Civil Veterinary Department Bihar & Orissa reports 1929-36 - 1929-1936
Year: 1929
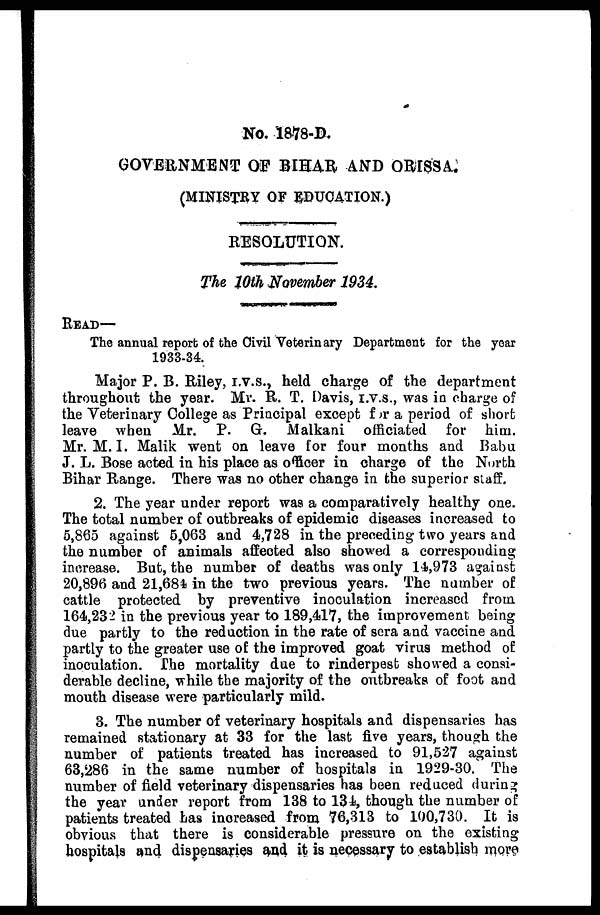
No. 1878-D.
GOVERNMENT OF BIHAR AND ORISSA.
(MINISTRY OF EDUCATION.)
RESOLUTION.
The 10th November 1934.
READ—
The annual report of the Civil Veterinary Department for the year
1933-34.
Major P. B. Riley, I.V.S., held charge of the department
throughout the year. Mr. R. T. Davis, I.V.S., was in charge of
the Veterinary College as Principal except for a period of short
leave when Mr. P. G. Malkani officiated for him.
Mr. M. I. Malik went on leave for four months and Babu
J. L. Bose acted in his place as officer in charge of the North
Bihar Range. There was no other change in the superior staff.
2. The year under report was a comparatively healthy one.
The total number of outbreaks of epidemic diseases increased to
5,865 against 5,063 and 4,728 in the preceding two years and
the number of animals affected also showed a corresponding
increase. But, the number of deaths was only 14,973 against
20,896 and 21,684 in the two previous years. The number of
cattle protected by preventive inoculation increased from
164,232 in the previous year to 189,417, the improvement being
due partly to the reduction in the rate of sera and vaccine and
partly to the greater use of the improved goat virus method of
inoculation. The mortality due to rinderpest showed a consi-
derable decline, while the majority of the outbreaks of foot and
mouth disease were particularly mild.
3. The number of veterinary hospitals and dispensaries has
remained stationary at 33 for the last five years, though the
number of patients treated has increased to 91,527 against
63,286 in the same number of hospitals in 1929-30. The
number of field veterinary dispensaries has been reduced during
the year under report from 138 to 134, though the number of
patients treated has increased from 76,313 to 100,730. It is
obvious that there is considerable pressure on the existing
hospitals and dispensaries and it is necessary to establish more